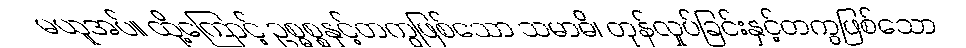
မယူအပ်။ ထို့ကြောင့် ဥစ္ဓစ္စနှင့်တကွဖြစ်သော သမာဓိ၊ တုန်လှုပ်ခြင်းနှင့်တကွဖြစ်သော